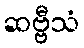
ဆဗ္ဗီသံ